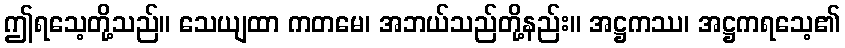
ဤရသေ့တို့သည်။ သေယျထာ ကတမေ၊ အဘယ်သည်တို့နည်း။ အဋ္ဌကဿ၊ အဋ္ဌကရသေ့၏